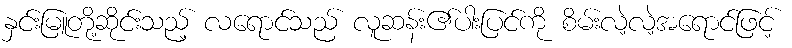
နှင်းမြူတို့ဆိုင်းသည့် လရောင်သည် လူဆန်း၏ပါးပြင်ကို စိမ်းလဲ့လဲ့အရောင်ဖြင့်